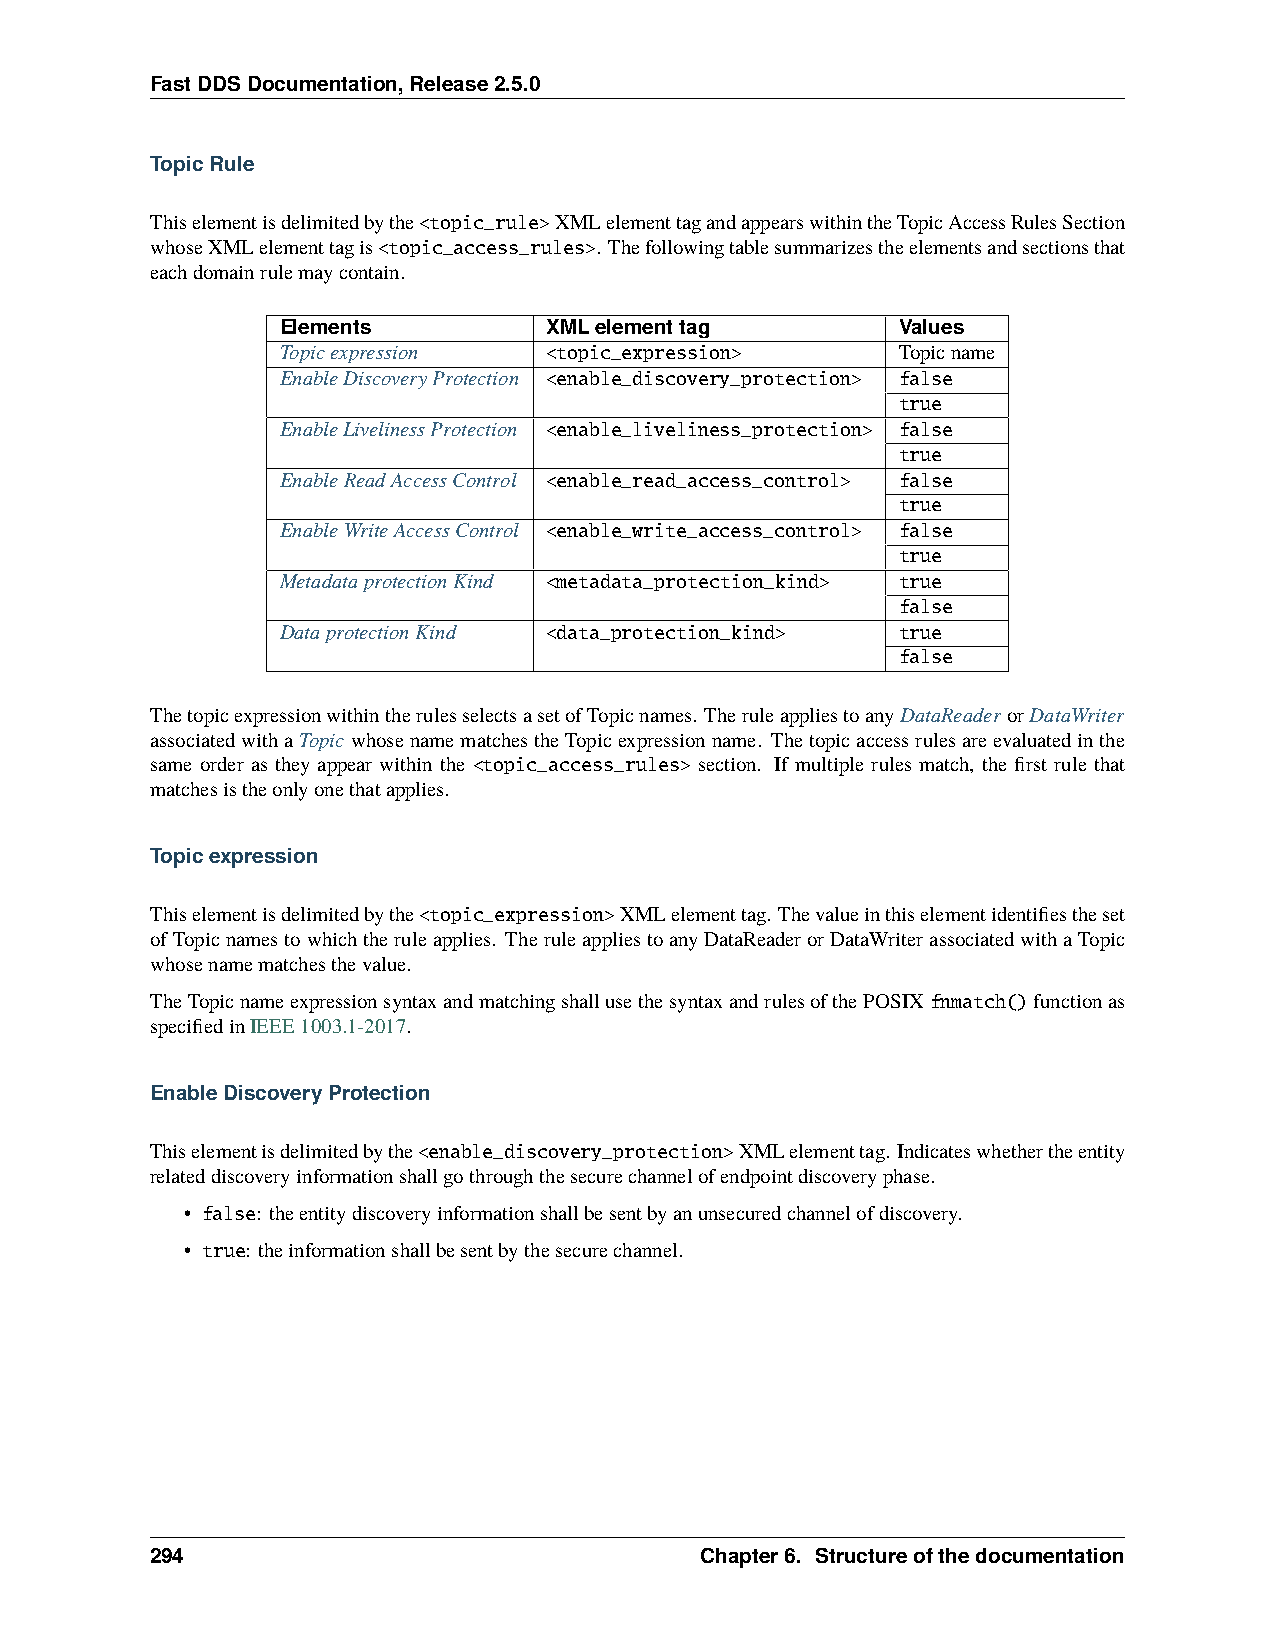
FastDDSDocumentation,Release2.5.0
 TopicRule
 Thiselementisdelimitedbythe<topic_rule>XMLelementtagandappearswithintheTopicAccessRulesSection
 whoseXMLelementtagis<topic_access_rules>. Thefollowingtablesummarizestheelementsandsectionsthat
 eachdomainrulemaycontain.
 Elements         XMLelementtag           Values
 Topicexpression  <topic_expression>      Topicname
 EnableDiscoveryProtection <enable_discovery_protection> false
 true
 EnableLivelinessProtection <enable_liveliness_protection> false
 true
 EnableReadAccessControl <enable_read_access_control> false
 true
 EnableWriteAccessControl <enable_write_access_control> false
 true
 MetadataprotectionKind <metadata_protection_kind> true
 false
 DataprotectionKind <data_protection_kind> true
 false
 ThetopicexpressionwithintherulesselectsasetofTopicnames. TheruleappliestoanyDataReaderorDataWriter
 associatedwithaTopicwhosenamematchestheTopicexpressionname. Thetopicaccessrulesareevaluatedinthe
 same order as they appear within the <topic_access_rules> section. If multiple rules match, the first rule that
 matchesistheonlyonethatapplies.
 Topicexpression
 Thiselementisdelimitedbythe<topic_expression>XMLelementtag. Thevalueinthiselementidentifiestheset
 ofTopicnamestowhichtheruleapplies. TheruleappliestoanyDataReaderorDataWriterassociatedwithaTopic
 whosenamematchesthevalue.
 TheTopicnameexpressionsyntaxandmatchingshallusethesyntaxandrulesofthePOSIXfnmatch()functionas
 specifiedinIEEE1003.1-2017.
 EnableDiscoveryProtection
 Thiselementisdelimitedbythe<enable_discovery_protection>XMLelementtag. Indicateswhethertheentity
 relateddiscoveryinformationshallgothroughthesecurechannelofendpointdiscoveryphase.
 • false: theentitydiscoveryinformationshallbesentbyanunsecuredchannelofdiscovery.
 • true: theinformationshallbesentbythesecurechannel.
 294                                 Chapter6. Structureofthedocumentation